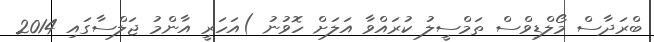
ބްރަދާސް މޯލްޑިވްސް ތަމްސީލު ކުރައްވާ އަލަށް ހޮވުނު )އަހަރީ އާންމު ޖަލްސާގައި 2014